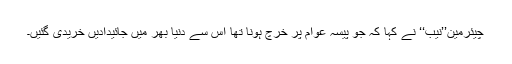
چیئرمین’’نیب‘‘ نے کہا کہ جو پیسہ عوام پر خرچ ہونا تھا اس سے دنیا بھر میں جائیدادیں خریدی گئیں۔